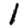
Digit: 1